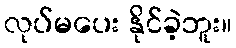
လုပ်မပေး နိုင်ခဲ့ဘူး။